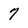
Character: 7